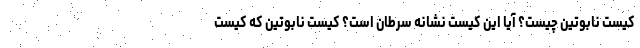
کیست نابوتین چیست؟ آیا این کیست نشانه سرطان است؟ کیست نابوتین که کیست